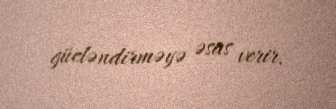
gücləndirməyə əsas verir.